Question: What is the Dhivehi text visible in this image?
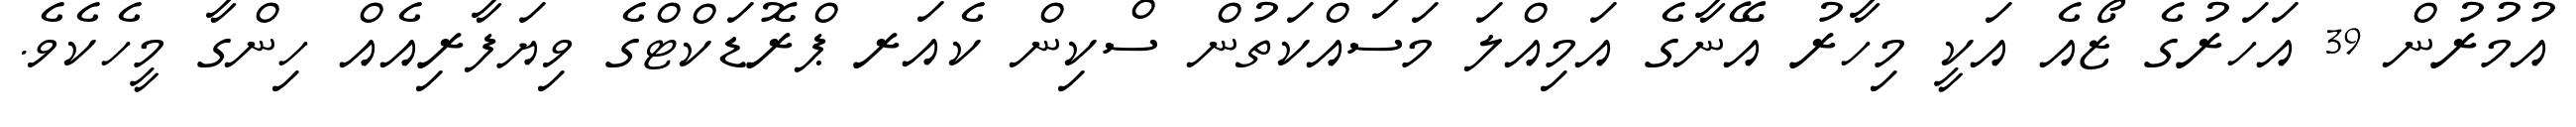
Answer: އުމުރުން 39 އަހަރުގެ ޒޯއެ އަކީ މިހާރު އޭނާގެ އަމިއްލަ މަސައްކަތުން ސްކިން ކެއަރ ޕްރޮޑަކްޓްގެ ވިޔަފާރިއެއް ހިންގާ މީހެކެވެ.